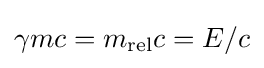
\gamma mc=m_{\text{rel}}c=E/c